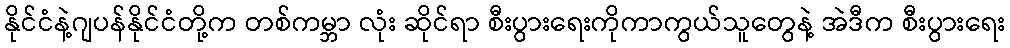
နိုင်ငံနဲ့ဂျပန်နိုင်ငံတို့က တစ်ကမ္ဘာ လုံး ဆိုင်ရာ စီးပွားရေးကိုကာကွယ်သူတွေနဲ့ အဲဒီက စီးပွားရေး